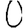
Digit: 0